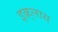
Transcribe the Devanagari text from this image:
इक़्लास